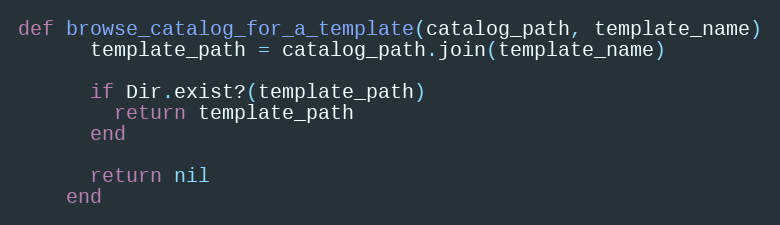
Language: Ruby
def browse_catalog_for_a_template(catalog_path, template_name)
      template_path = catalog_path.join(template_name)

      if Dir.exist?(template_path)
        return template_path
      end

      return nil
    end